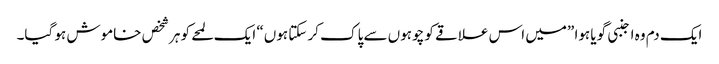
ایک دم وہ اجنبی گویا ہوا ”میں اس علاقے کو چوہوں سے پاک کر سکتا ہوں“ ایک لمحے کو ہرشخص خاموش ہو گیا۔